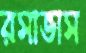
রসাভাস